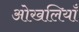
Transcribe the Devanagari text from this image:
ओखलियाँ